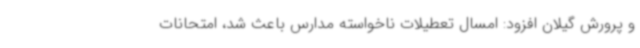
و پرورش گیلان افزود: امسال تعطیلات ناخواسته مدارس باعث شد، امتحانات